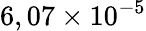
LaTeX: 6,07\times 10^{-5}